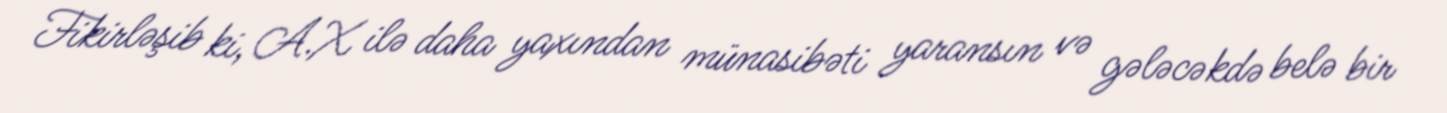
Fikirləşib ki, A.X ilə daha yaxından münasibəti yaransın və gələcəkdə belə bir